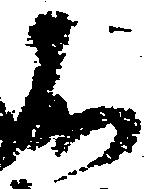
不